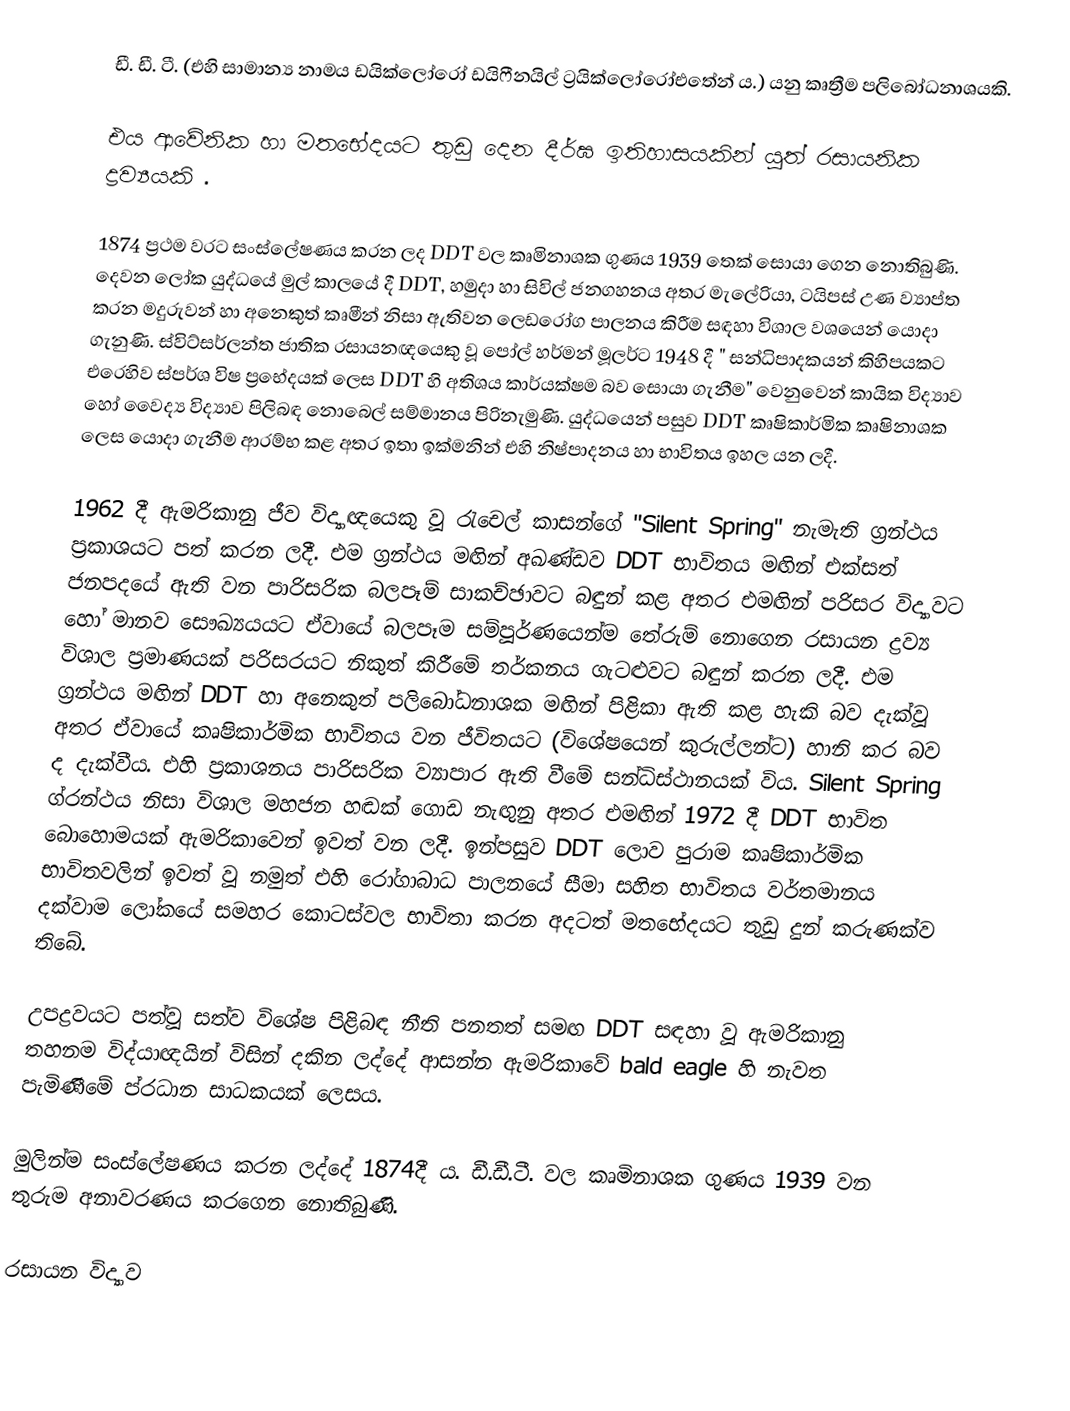
ඩී. ඩී. ‍ටී. (එහි සාමාන්‍ය නාමය ඩයික්ලෝරෝ ඩයිෆීනයිල් ට්‍රයික්ලෝරෝඑතේන් ය.) යනු කෘත්‍රීම පලිබෝධනාශයකි.

එය ආවේනික හා මතභේදයට තුඩු දෙන දීර්ඝ ඉතිහාසයකින් යුත් රසායනික ද්‍රව්‍යයකි .

1874 ප්‍රථම වරට සංස්ලේෂණය කරන ලද DDT වල කෘමිනාශක ගුණය 1939 තෙක් සොයා ගෙන නොතිබුණි. දෙවන ලෝක යුද්ධයේ මුල් කාලයේ දී DDT, හමුදා හා සිවිල් ජනගහනය අතර මැලේරියා, ටයිපස් උණ ව්‍යාප්ත කරන මදුරුවන් හා අනෙකුත් කෘමීන් නිසා ඇතිවන ලෙඩරෝග පාලනය කිරීම සඳහා විශාල වශයෙන් යොදා ගැනුණි. ස්විට්සර්ලන්ත ජාතික රසායනඥයෙකු වූ පෝල් හර්මන් මූලර්ට 1948 දී " සන්ධිපාදකයන් කිහිපයකට එරෙහිව ස්පර්ශ විෂ ප්‍රභේදයක් ලෙස DDT හි අතිශය කාර්යක්ෂම බව සොයා ගැනීම" වෙනුවෙන් කායික විද්‍යාව හෝ වෛද්‍ය විද්‍යාව පිලිබඳ නොබෙල් සම්මානය පිරිනැමුණි. යුද්ධයෙන් පසුව DDT කෘෂිකාර්මික කෘෂිනාශක ලෙස යොදා ගැනීම ආරම්භ කළ අතර ඉතා ඉක්මනින් එහි නිෂ්පාදනය හා භාවිතය ඉහල යන ලදී.

1962 දී ඇමරිකානු ජීව විද්‍යාඥයෙකු වූ රැචෙල් කාසන්ගේ "Silent Spring" නැමැති ග්‍රන්ථය ප්‍රකාශයට පත් කරන ලදී. එම ග්‍රන්ථය මඟින් අඛණ්ඩව DDT භාවිතය මඟින් එක්සත් ජනපදයේ ඇති වන පාරිසරික බලපෑම් සාකච්ඡාවට බඳුන් කළ අතර එමඟින් පරිසර විද්‍යාවට හෝ මානව සෞඛ්‍යයයට ඒවායේ බලපෑම සම්පූර්ණයෙන්ම තේරුම් නොගෙන රසායන ද්‍රව්‍ය විශාල ප්‍රමාණයක් පරිසරයට නිකුත් කිරීමේ තර්කනය ගැටළුවට බඳුන් කරන ලදී. එම ග්‍රන්ථය මඟින් DDT හා අනෙකුත් පලිබෝධනාශක මඟින් පිළිකා ඇති කළ හැකි බව දැක්වූ අතර ඒවායේ කෘෂිකාර්මික භාවිතය වන ජීවිතයට (විශේෂයෙන් කුරුල්ලන්ට) හානි කර බව ද දැක්වීය. එහි ප්‍රකාශනය පාරිසරික ව්‍යාපාර ඇති වීමේ සන්ධිස්ථානයක් විය. Silent Spring ග්රන්ථය නිසා විශාල මහජන හඬක් ගොඩ නැඟුනු අතර එමඟින් 1972 දී DDT භාවිත බොහොමයක් ඇමරිකාවෙන් ඉවත් වන ලදී. ඉන්පසුව DDT ලොව පුරාම කෘෂිකාර්මික භාවිතවලින් ඉවත් වූ නමුත් එහි රෝගාබාධ පාලනයේ සීමා සහිත භාවිතය වර්තමානය දක්වාම ලෝකයේ සමහර කොටස්වල භාවිතා කරන අදටත් මතභේදයට තුඩු දුන් කරුණක්ව තිබේ.

උපද්‍රවයට පත්වූ සත්ව විශේෂ පිළිබඳ නීති පනතත් සමඟ DDT සඳහා වූ ඇමරිකානු තහනම විද්යාඥයින් විසින් දකින ලද්දේ ආසන්න ඇමරිකාවේ bald eagle හි නැවත පැමිණීමේ ප්රධාන සාධකයක් ලෙසය.

මුලින්ම සංස්ලේෂණය කරන ලද්දේ 1874දී ය. ඩී.ඩී.ටී. වල කෘමිනාශක ගුණය 1939 වන තුරුම අනාවරණය කරගෙන නොතිබුණි.

රසායන විද්‍යාව